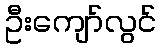
ဦးကျော်လွင်